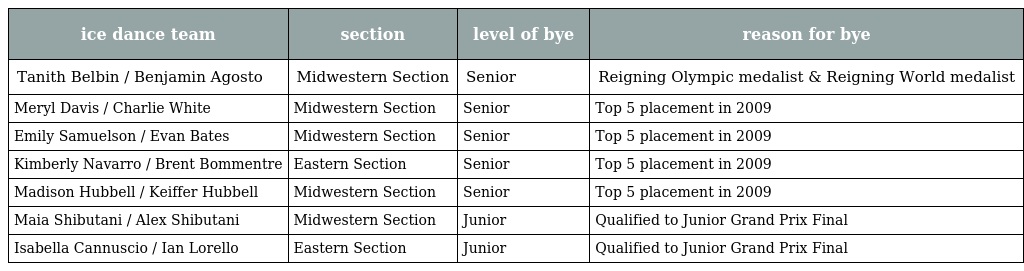
| ice dance team | section | level of bye | reason for bye |
 | --- | --- | --- | --- |
 | Tanith Belbin / Benjamin Agosto | Midwestern Section | Senior | Reigning Olympic medalist & Reigning World medalist |
 | Meryl Davis / Charlie White | Midwestern Section | Senior | Top 5 placement in 2009 |
 | Emily Samuelson / Evan Bates | Midwestern Section | Senior | Top 5 placement in 2009 |
 | Kimberly Navarro / Brent Bommentre | Eastern Section | Senior | Top 5 placement in 2009 |
 | Madison Hubbell / Keiffer Hubbell | Midwestern Section | Senior | Top 5 placement in 2009 |
 | Maia Shibutani / Alex Shibutani | Midwestern Section | Junior | Qualified to Junior Grand Prix Final |
 | Isabella Cannuscio / Ian Lorello | Eastern Section | Junior | Qualified to Junior Grand Prix Final |